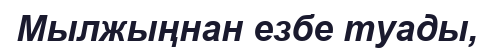
Мылжыңнан езбе туады,